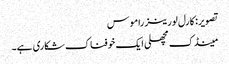
تصویر: کارل لورینز راموس
مینڈک مچھلی ایک خوفناک شکاری ہے۔